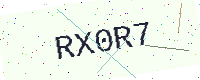
Text: RX0R7